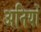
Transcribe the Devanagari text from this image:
अनियों